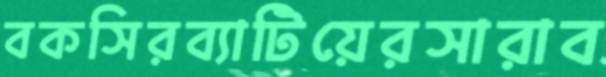
বকসিরব্যাটিয়েরসারাব